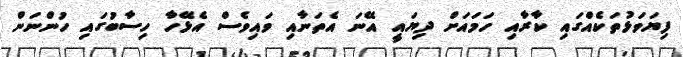
ފިޔަވަޅުތަކެއްގައި ކާރާއި ހަމައަށް ދިޔައީ އޭނަ އެތަނާއި ވައިވެސް އެޅޭހާ ހިސާބުގައި ހުންނަން